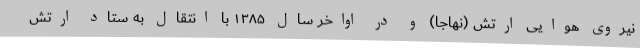
نیروی هوایی ارتش (نهاجا) و در اواخر سال ۱۳۸۵ با انتقال به ستاد ارتش